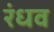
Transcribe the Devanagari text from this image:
रंधव